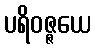
ပရိဝဇ္ဇယေ